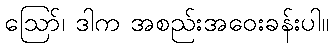
ဪ၊ ဒါက အစည်းအဝေးခန်းပါ။